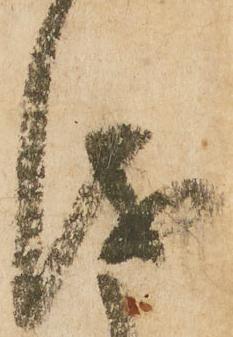
儀